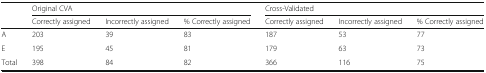
<table><thead><tr><td rowspan="2"></td><td colspan="3"><b>Original CVA</b></td><td colspan="3"><b>Cross-Validated</b></td></tr><tr><td><b>Correctly assigned</b></td><td><b>Incorrectly assigned</b></td><td><b>% Correctly assigned</b></td><td><b>Correctly assigned</b></td><td><b>Incorrectly assigned</b></td><td><b>% Correctly assigned</b></td></tr></thead><tbody><tr><td>A</td><td>203</td><td>39</td><td>83</td><td>187</td><td>53</td><td>77</td></tr><tr><td>E</td><td>195</td><td>45</td><td>81</td><td>179</td><td>63</td><td>73</td></tr><tr><td>Total</td><td>398</td><td>84</td><td>82</td><td>366</td><td>116</td><td>75</td></tr></tbody></table>